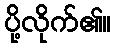
ပို့လိုက်၏။